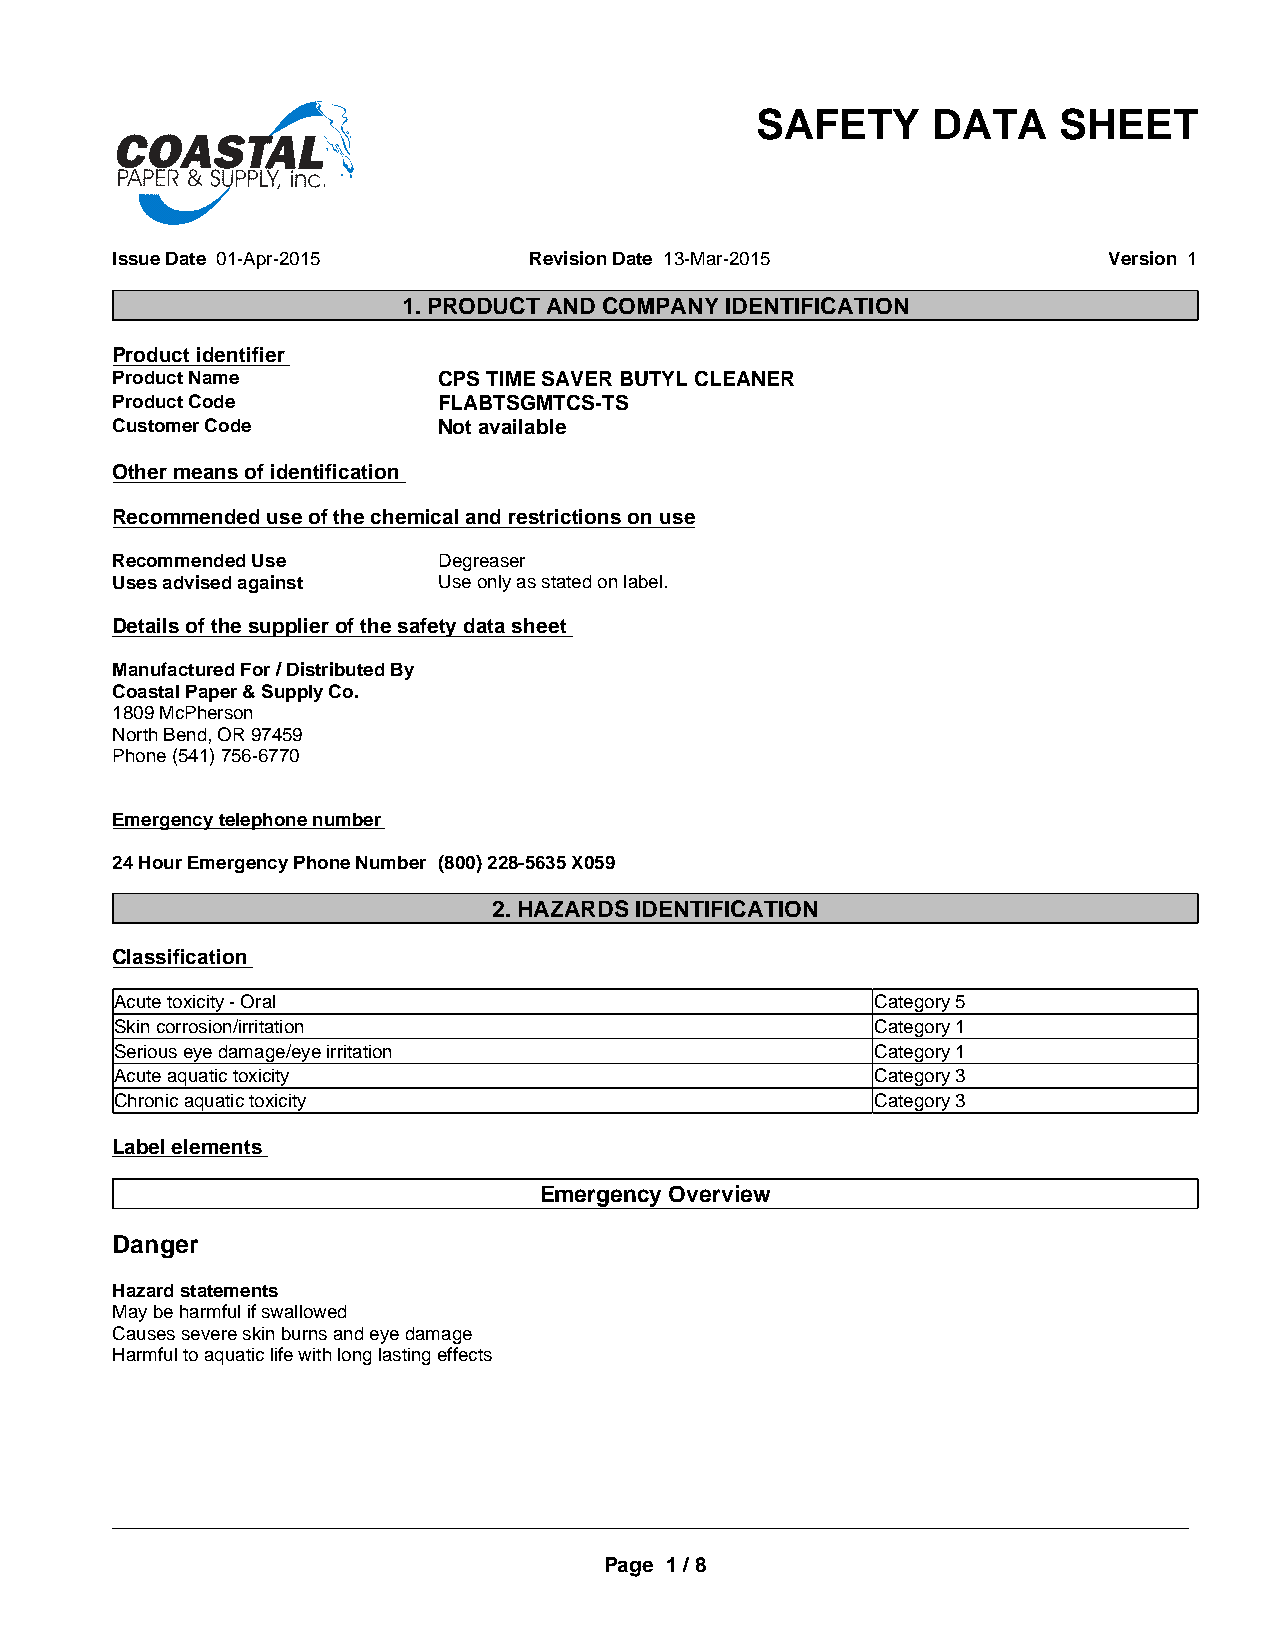
SAFETY      DATA    SHEET
 Issue Date 01-Apr-2015      Revision Date 13-Mar-2015             Version 1
 1. PRODUCT AND COMPANY IDENTIFICATION
 Product identifier
 Product Name          CPS TIME SAVER BUTYL CLEANER
 Product Code          FLABTSGMTCS-TS
 Customer Code         Not available
 Other means of identification
 Recommended use of the chemical and restrictions on use
 Recommended Use       Degreaser
 Uses advised against  Use only as stated on label.
 Details of the supplier of the safety data sheet
 Manufactured For / Distributed By
 Coastal Paper & Supply Co.
 1809 McPherson
 North Bend, OR 97459
 Phone (541) 756-6770
 Emergency telephone number
 24 Hour Emergency Phone Number (800) 228-5635 X059
 2. HAZARDS IDENTIFICATION
 Classification
 Acute toxicity - Oral                             Category 5
 Skin corrosion/irritation                         Category 1
 Serious eye damage/eye irritation                 Category 1
 Acute aquatic toxicity                            Category 3
 Chronic aquatic toxicity                          Category 3
 Label elements
 Emergency Overview
 Danger
 Hazard statements
 May be harmful if swallowed
 Causes severe skin burns and eye damage
 Harmful to aquatic life with long lasting effects
 _____________________________________________________________________________________________
 Page 1 / 8